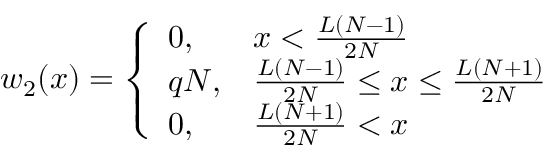
\begin{array} { r } { w _ { 2 } ( x ) = \left\{ \begin{array} { l l } { 0 , } & { x < \frac { L ( N - 1 ) } { 2 N } } \\ { q N , } & { \frac { L ( N - 1 ) } { 2 N } \leq x \leq \frac { L ( N + 1 ) } { 2 N } } \\ { 0 , } & { \frac { L ( N + 1 ) } { 2 N } < x } \end{array} \right. } \end{array}